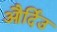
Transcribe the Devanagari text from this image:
और्दिउ